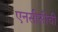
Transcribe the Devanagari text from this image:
एनसीसीची